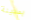
بمدينة